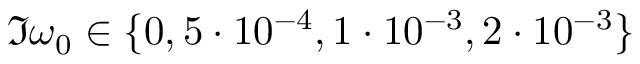
\Im { \omega _ { 0 } } \in \{ 0 , 5 \cdot 1 0 ^ { - 4 } , 1 \cdot 1 0 ^ { - 3 } , 2 \cdot 1 0 ^ { - 3 } \}